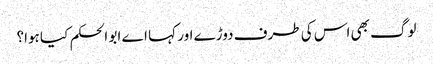
لوگ بھی اس کی طرف دوڑے اور کہا اے ابو الحکم کیا ہوا؟